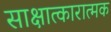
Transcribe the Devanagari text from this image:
साक्षात्कारात्मक